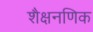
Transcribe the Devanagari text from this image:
शैक्षनणिक